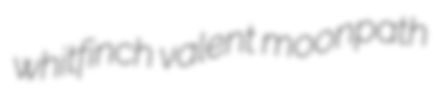
whitfinch valent moonpath